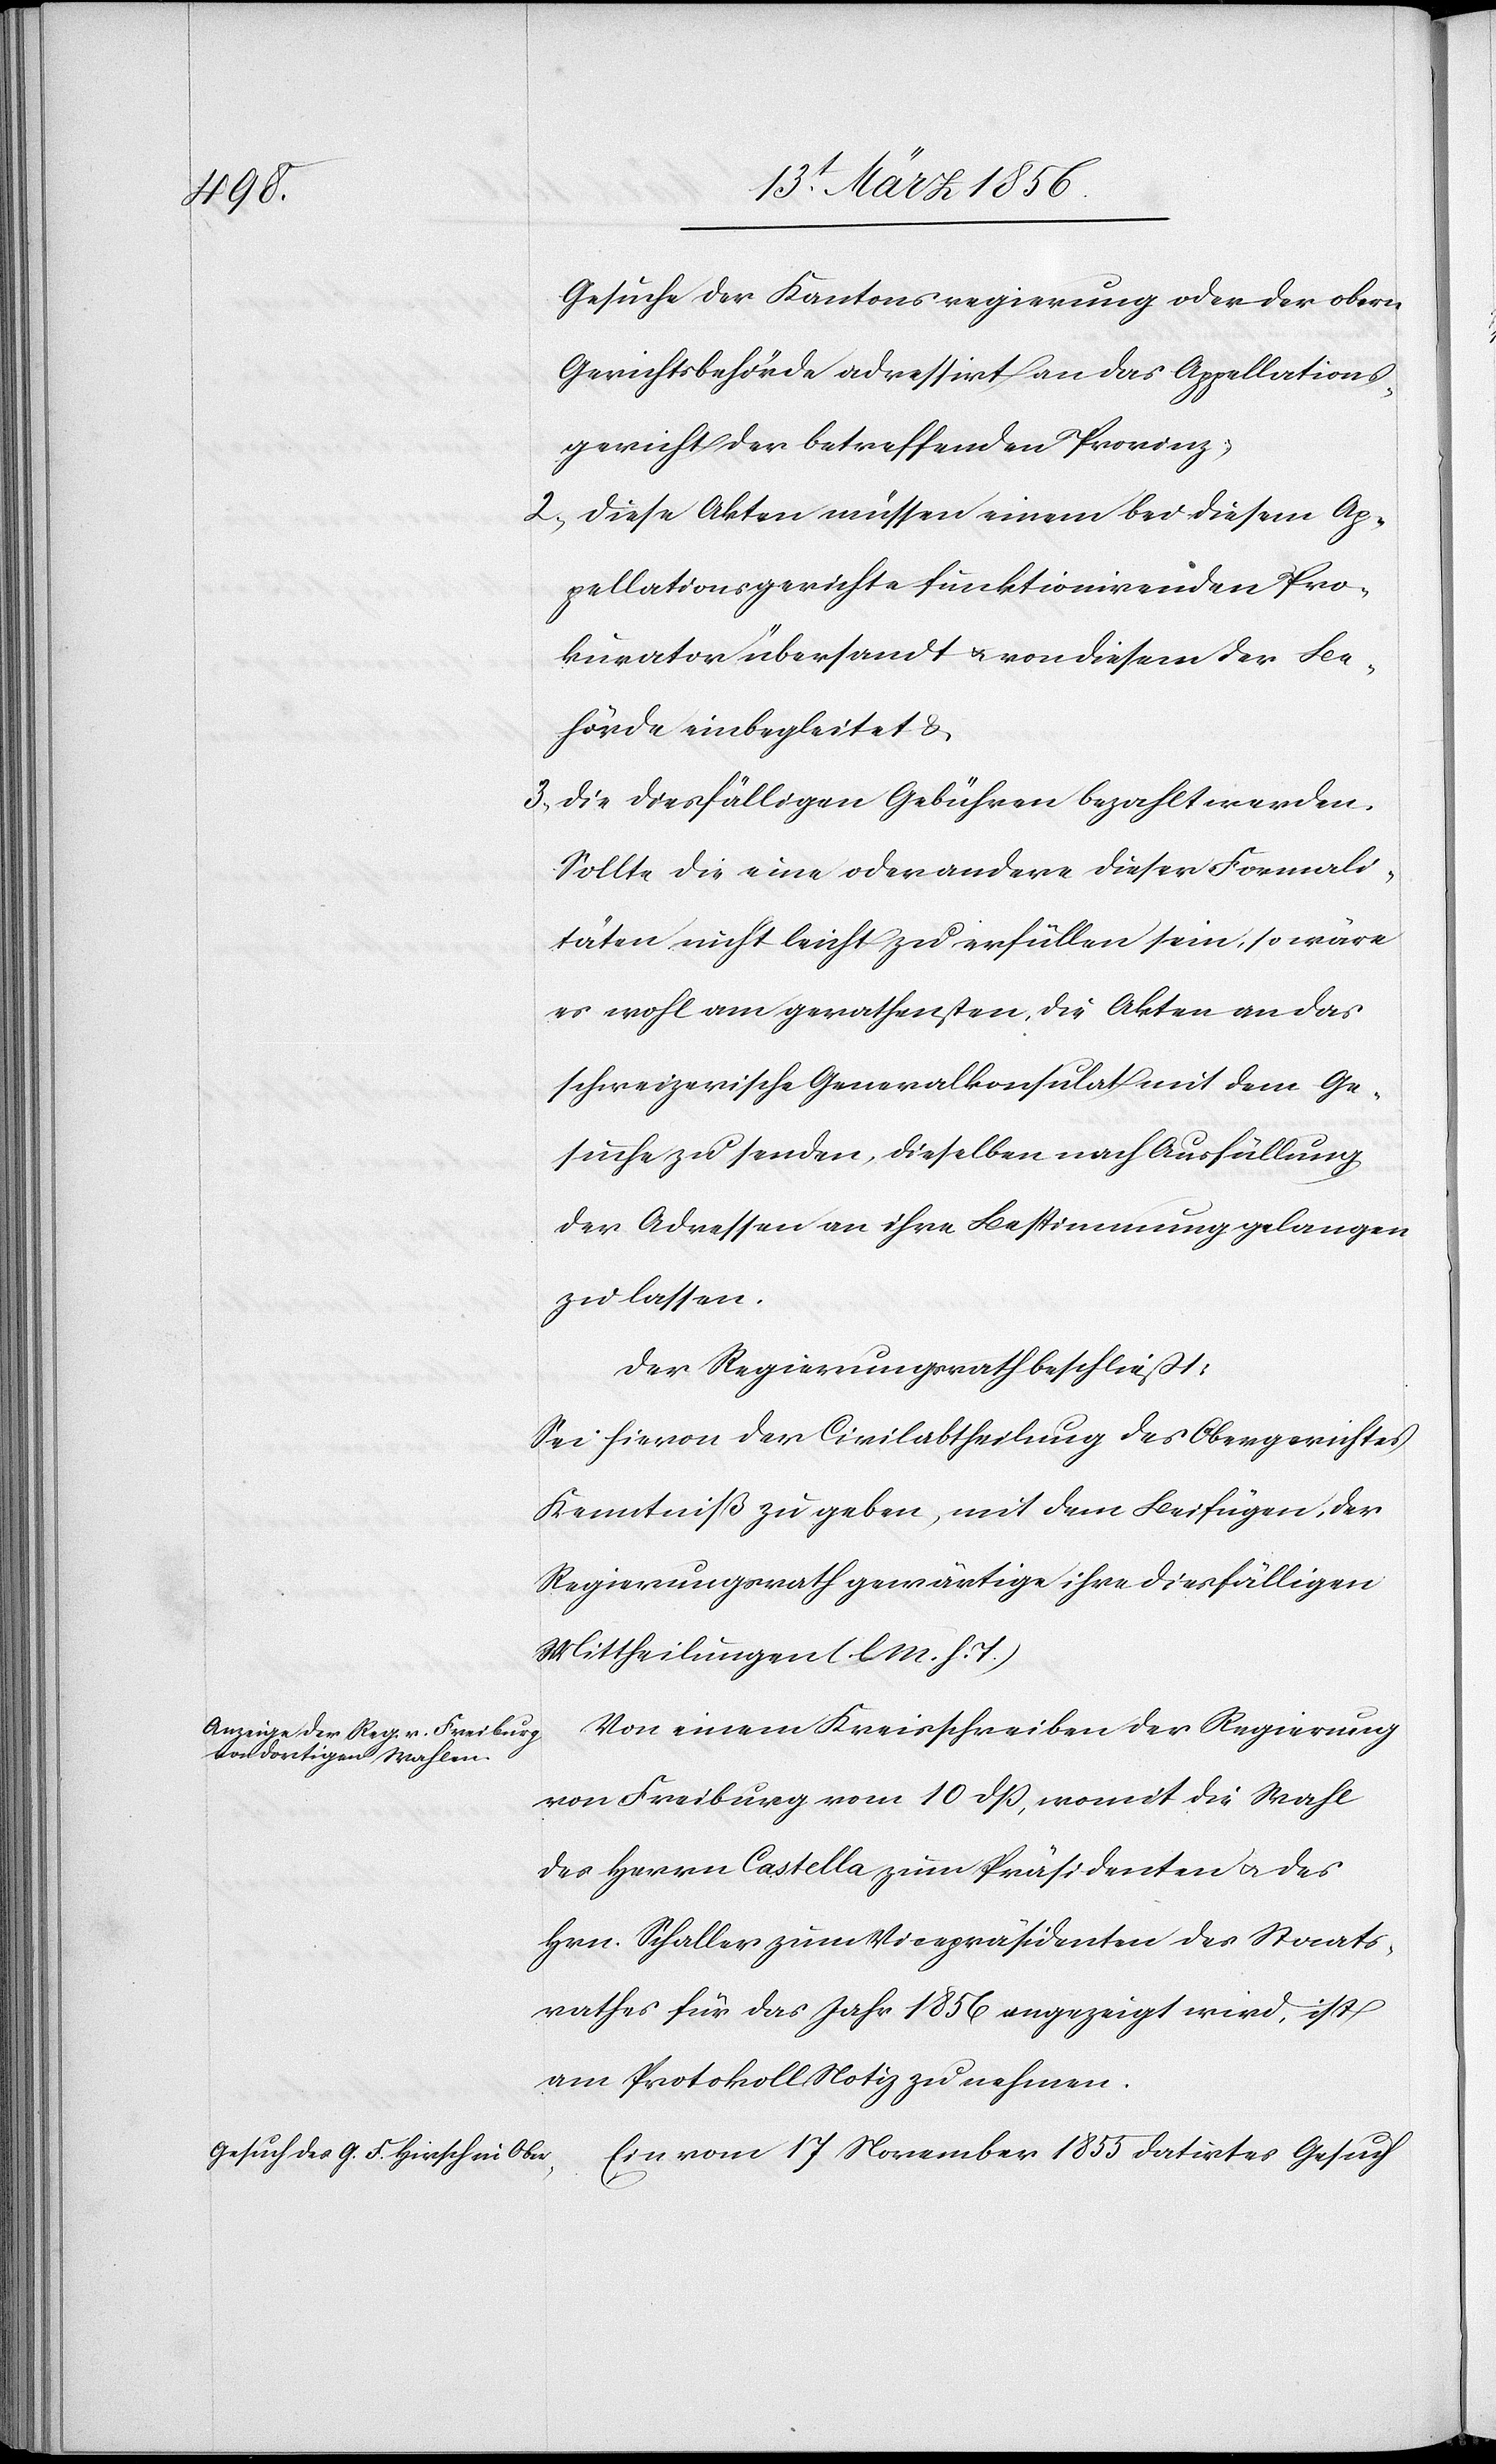
Gesuche der Kantonsregierung oder der obern
Gerichtsbehörde adressirt an das Appellations¬
gericht der betreffenden Provinz,
2., Diese Akten müssen einem bei diesem Ap¬
pellationsgerichte funktionirenden Pro¬
kurator übersandt u. von diesem der Be¬
hörde einbegleitet &
3., Die diesfälligen Gebühren bezahlt werden.
Sollte die eine oder andere dieser Formali¬
täten nicht leicht zu erfüllen sein, so wäre
es wohl am gerathensten, die Akten an das
schweizerische Generalkonsulat mit dem Ge¬
suche zu senden, dieselben nach Ausfällung
der Adressen an ihre Bestimmung gelangen
zu lassen.
Der Regierungsrath beschließt:
Sei hievon der Civilabtheilung des Obergerichtes
Kenntniß zu geben, mit dem Beifüge, der
Regierungsrath gewärtige ihre diesfälligen
Mittheilungen (l M. h. T.)
Von einem Kreisschreiben der Regierung
von Freiburg vom 10 dß, womit die Wahl
des Herrn Castella zum Präsidenten u. des
Hrn. Schaller zum Vicepräsidenten des Staats¬
rathes für das Jahr 1856 angezeigt wird, ist
am Protokoll Notiz zu nehmen.
Ein vom 17 November 1855 datirtes Gesuch